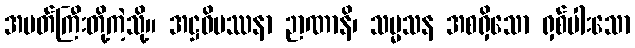
အမတ်ကြီးတို့ကဲ့သို့။ အဋ္ဌဝိပဿနာ ဉာဏာနိ၊ သမ္မသန အစရှိသော ရှစ်ပါးသော